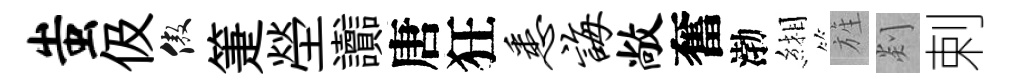
蚩伋傲箑塋讟唐狂悉诲敞奮渤緗旌剡剌